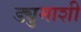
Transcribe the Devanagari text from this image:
ड्युमाशी